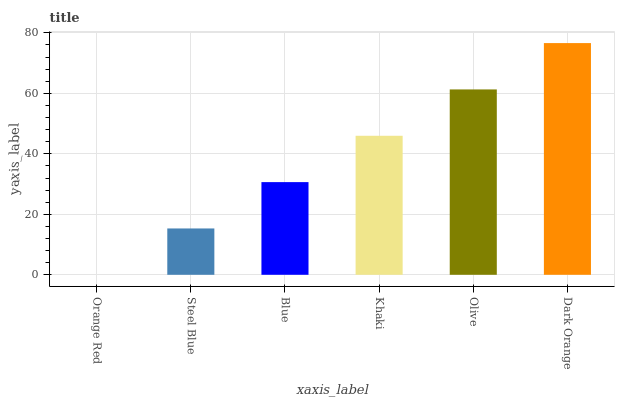
| xaxis_label | bars |
 | --- | --- |
 | Orange Red | 0 |
 | Steel Blue | 15.3 |
 | Blue | 30.6 |
 | Khaki | 46 |
 | Olive | 61.3 |
 | Dark Orange | 76.6 |